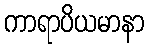
ကာရာပိယမာနာ